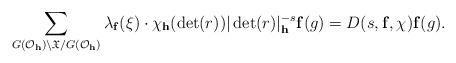
LaTeX: \begin{align*}\sum_{G(\mathcal{O}_{\mathbf{h}})\backslash\mathfrak{X}/G(\mathcal{O}_{\mathbf{h}})}\lambda_{\mathbf{f}}(\xi)\cdot\chi_{\mathbf{h}}(\det(r))|\det(r)|_{\mathbf{h}}^{-s}\mathbf{f}(g)=D(s,\mathbf{f},\chi)\mathbf{f}(g).\end{align*}